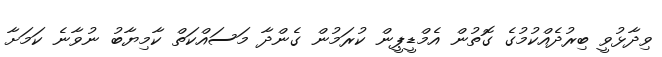
ވިދާޅުވީ ބިރުދެއްކުމުގެ ގޮތުން އެމްޑީޕީން ކުރަމުން ގެންދާ މަސައްކަތް ކާމިޔާބު ނުވާނެ ކަމަށާ